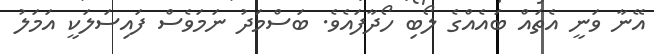
އޭނާ ވަނީ އެތައް ބައެއްގެ ލޯބި ހޯދާފައެވެ. ބަސްމަދު ނަމަވެސް ފައިސަލަކީ އަމަލު